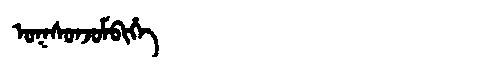
Manchu: ᠣᡴᠰᠣᠨᠵᠣᠮᠪᡳᡥᡝ
Romanization: OKSONJOMBIHE